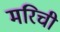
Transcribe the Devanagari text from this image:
मरिची